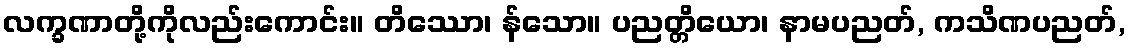
လက္ခဏာတို့ကိုလည်းကောင်း။ တိဿော၊ န်သော။ ပညတ္တိယော၊ နာမပညတ်, ကသိဏပညတ်,